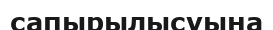
сапырылысуына